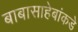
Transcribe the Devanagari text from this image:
बाबासाहेबांकडे